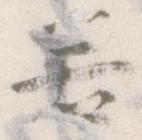
若